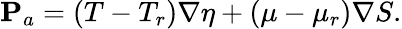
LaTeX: {\mathbf P}_{a}=(T-T_{r})\nabla\eta+(\mu-\mu_{r})\nabla S.